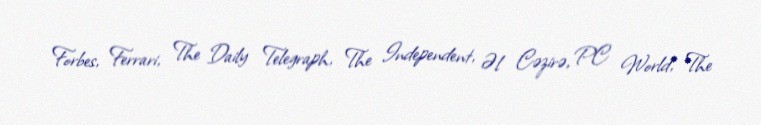
Forbes, Ferrari, The Daily Telegraph, The Independent, Əl Cəzirə, PC World, The